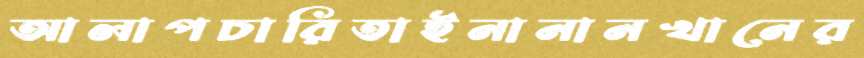
আলাপচারিতাইনানানখানের